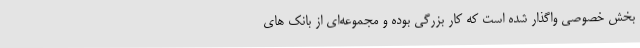
بخش خصوصی واگذار شده است که کار بزرگی بوده و مجموعه‌ای از بانک های